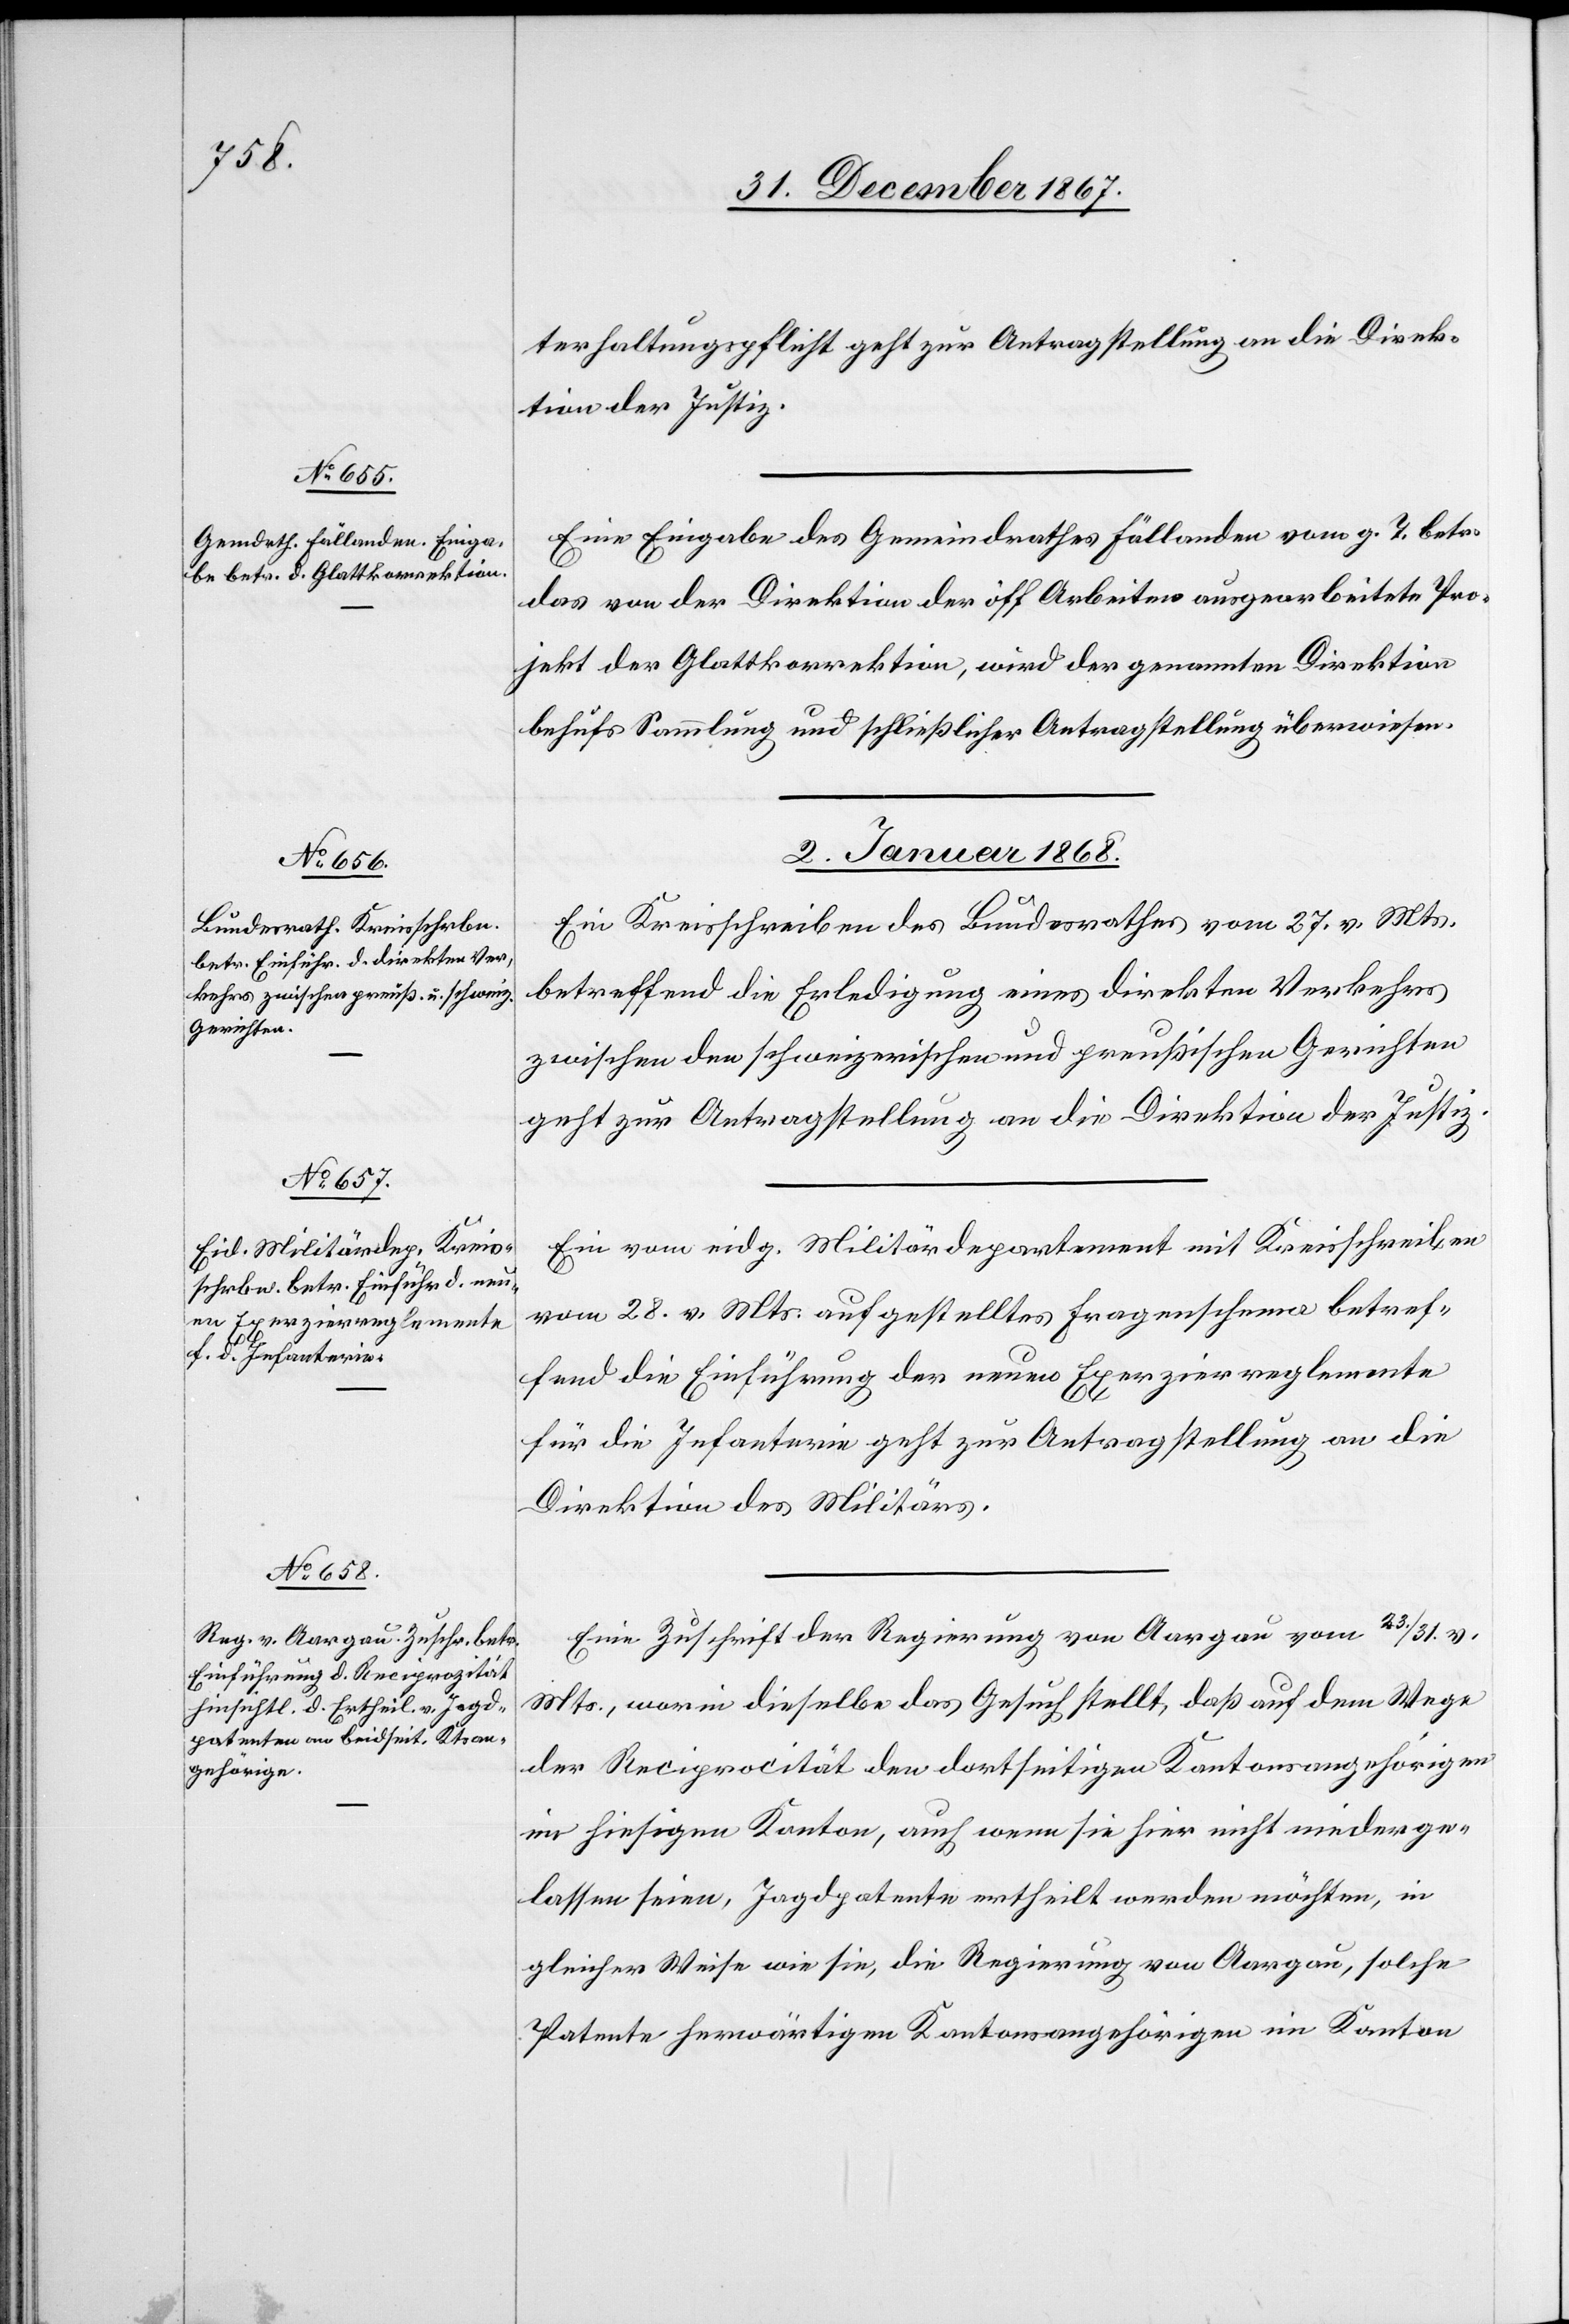
31. December 1867.]
terhaltungspflicht geht zur Antragstellung an die Direk¬
tion der Justiz.
Eine Eingabe des Gemeindrathes Fällanden vom g. T. betr.
das von der Direktion der öff. Arbeiten ausgearbeitete Pro¬
jekt der Glattkorrektion, wird der genannten Direktion
behufs Sammlung und schließliche Antragstellung überwiesen.
2. Januar 1868.]
Ein Kreisschreiben des Bundesrathes vom 27. v. Mts.
betreffend die Erledigung eines direkten Verkehrs
zwischen den schweizerischen und preußischen Gerichten
geht zur Antragstellung an die Direktion der Justiz.
Ein vom eidg. Militärdepartement mit Kreisschreiben
vom 28. v. Mts. gestelltes Fragenschema betref¬
fend die Einführung der neuen Exerzierreglemente
für die Infanterie geht zur Antragstellung an die
Direktion des Militärs.
Eine Zuschrift der Regierung von Aargau vom 23./31. v.
Mts., worin dieselbe das Gesuch stellt, daß auf dem Wege
der Reciprozität den dortseitigen Kantonsangehörigen
in hiesigem Kanton, auch wenn sie hier nicht niederge¬
lassen seien, Jagdpatente ertheilt werden möchten, in
gleicher Weise wie sie, die Regierung von Aargau, solche
Patente herwärtigen Kantonsangehörigen im Kanton